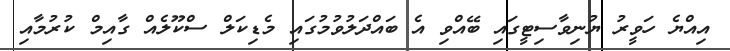
އިއްޔެ ހަވީރު ޔުނިވާސިޓީގައި ބޭއްވި އެ ބައްދަލުވުމުގައި މެޑިކަލް ސްކޫލެއް ގާއިމް ކުރުމާއި